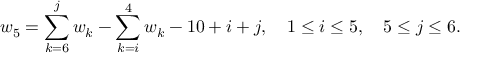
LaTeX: w _ { 5 } = \sum _ { k = 6 } ^ { j } w _ { k } - \sum _ { k = i } ^ { 4 } w _ { k } - 1 0 + i + j , ~ ~ ~ 1 \leq i \leq 5 , ~ ~ ~ 5 \leq j \leq 6 .